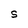
Character: S